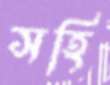
সহি